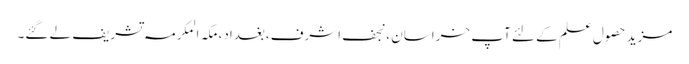
مزید حصولِ علم کے لئے آپ خراسان ،نجف اشرف،بغداد،مکہ المکرمہ تشریف لے گئے۔